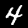
Digit: 4